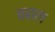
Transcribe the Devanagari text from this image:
तातल